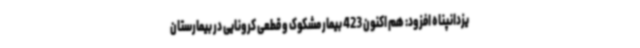
یزدانپناه افزود: هم اکنون 423 بیمار مشکوک و قطعی کرونایی در بیمارستان